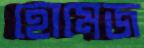
হোমেজ